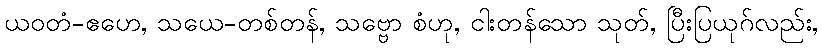
ယဝတံ-ဧဟေ, သယေ-တစ်တန်, သဗ္ဗော စံဟု, ငါးတန်သော သုတ်, ပြီးပြယုဂ်လည်း,